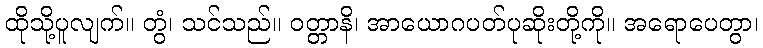
ထိုသို့ပူလျက်။ တွံ၊ သင်သည်။ ဝတ္တာနိ၊ အာယောဂပတ်ပုဆိုးတို့ကို။ အရောပေတွာ၊